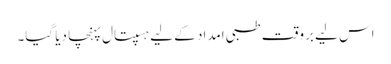
اس لیے بروقت طبی امداد کے لیے ہسپتال پہنچا دیا گیا۔